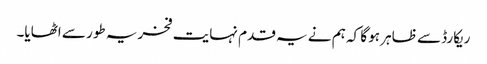
ریکارڈ سے ظاہر ہو گا کہ ہم نے یہ قدم نہایت فخریہ طور سے اٹھایا۔